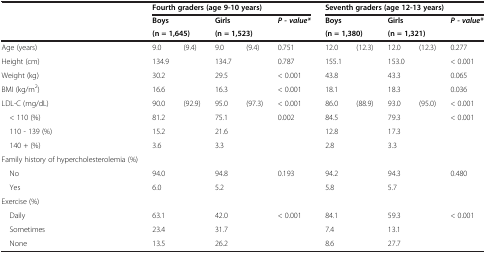
<table><thead><tr><td><b> </b></td><td colspan="5"><b>Fourth graders (age 9-10 years)</b></td><td colspan="5"><b>Seventh graders (age 12-13 years)</b></td></tr><tr><td rowspan="2"><b> </b></td><td colspan="2"><b>Boys</b></td><td colspan="2"><b>Girls</b></td><td rowspan="2"><b><i>P - value*</i></b></td><td colspan="2"><b>Boys</b></td><td colspan="2"><b>Girls</b></td><td rowspan="2"><b><i>P - value*</i></b></td></tr><tr><td colspan="2"><b>(n = 1,645)</b></td><td colspan="2"><b>(n = 1,523)</b></td><td colspan="2"><b>(n = 1,380)</b></td><td colspan="2"><b>(n = 1,321)</b></td></tr></thead><tbody><tr><td>Age (years)</td><td>9.0</td><td>(9.4)</td><td>9.0</td><td>(9.4)</td><td>0.751</td><td>12.0</td><td>(12.3)</td><td>12.0</td><td>(12.3)</td><td>0.277</td></tr><tr><td>Height (cm)</td><td>134.9</td><td> </td><td>134.7</td><td> </td><td>0.787</td><td>155.1</td><td> </td><td>153.0</td><td> </td><td>&lt; 0.001</td></tr><tr><td>Weight (kg)</td><td>30.2</td><td> </td><td>29.5</td><td> </td><td>&lt; 0.001</td><td>43.8</td><td> </td><td>43.3</td><td> </td><td>0.065</td></tr><tr><td>BMI (kg/m<sup>2</sup>)</td><td>16.6</td><td> </td><td>16.3</td><td> </td><td>&lt; 0.001</td><td>18.1</td><td> </td><td>18.3</td><td> </td><td>0.036</td></tr><tr><td>LDL-C (mg/dL)</td><td>90.0</td><td>(92.9)</td><td>95.0</td><td>(97.3)</td><td>&lt; 0.001</td><td>86.0</td><td>(88.9)</td><td>93.0</td><td>(95.0)</td><td>&lt; 0.001</td></tr><tr><td> &lt; 110 (%)</td><td>81.2</td><td> </td><td>75.1</td><td> </td><td>0.002</td><td>84.5</td><td> </td><td>79.3</td><td> </td><td>&lt; 0.001</td></tr><tr><td> 110 - 139 (%)</td><td>15.2</td><td> </td><td>21.6</td><td> </td><td> </td><td>12.8</td><td> </td><td>17.3</td><td> </td><td> </td></tr><tr><td> 140 + (%)</td><td>3.6</td><td> </td><td>3.3</td><td> </td><td> </td><td>2.8</td><td> </td><td>3.3</td><td> </td><td> </td></tr><tr><td>Family history of hypercholesterolemia (%)</td><td> </td><td> </td><td> </td><td> </td><td> </td><td> </td><td> </td><td> </td><td> </td><td> </td></tr><tr><td> No</td><td>94.0</td><td> </td><td>94.8</td><td> </td><td>0.193</td><td>94.2</td><td> </td><td>94.3</td><td> </td><td>0.480</td></tr><tr><td> Yes</td><td>6.0</td><td> </td><td>5.2</td><td> </td><td> </td><td>5.8</td><td> </td><td>5.7</td><td> </td><td> </td></tr><tr><td>Exercise (%)</td><td> </td><td> </td><td> </td><td> </td><td> </td><td> </td><td> </td><td> </td><td> </td><td> </td></tr><tr><td> Daily</td><td>63.1</td><td> </td><td>42.0</td><td> </td><td>&lt; 0.001</td><td>84.1</td><td> </td><td>59.3</td><td> </td><td>&lt; 0.001</td></tr><tr><td> Sometimes</td><td>23.4</td><td> </td><td>31.7</td><td> </td><td> </td><td>7.4</td><td> </td><td>13.1</td><td> </td><td> </td></tr><tr><td> None</td><td>13.5</td><td> </td><td>26.2</td><td> </td><td> </td><td>8.6</td><td> </td><td>27.7</td><td> </td><td> </td></tr></tbody></table>